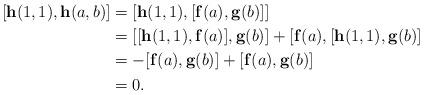
LaTeX: \begin{align*}[\mathbf{h}(1,1),\mathbf{h}(a,b)]&=[\mathbf{h}(1,1),[\mathbf{f}(a),\mathbf{g}(b)]]\\&=[[\mathbf{h}(1,1),\mathbf{f}(a)],\mathbf{g}(b)]+[\mathbf{f}(a),[\mathbf{h}(1,1),\mathbf{g}(b)]\\&=-[\mathbf{f}(a),\mathbf{g}(b)]+[\mathbf{f}(a),\mathbf{g}(b)]\\&=0.\end{align*}